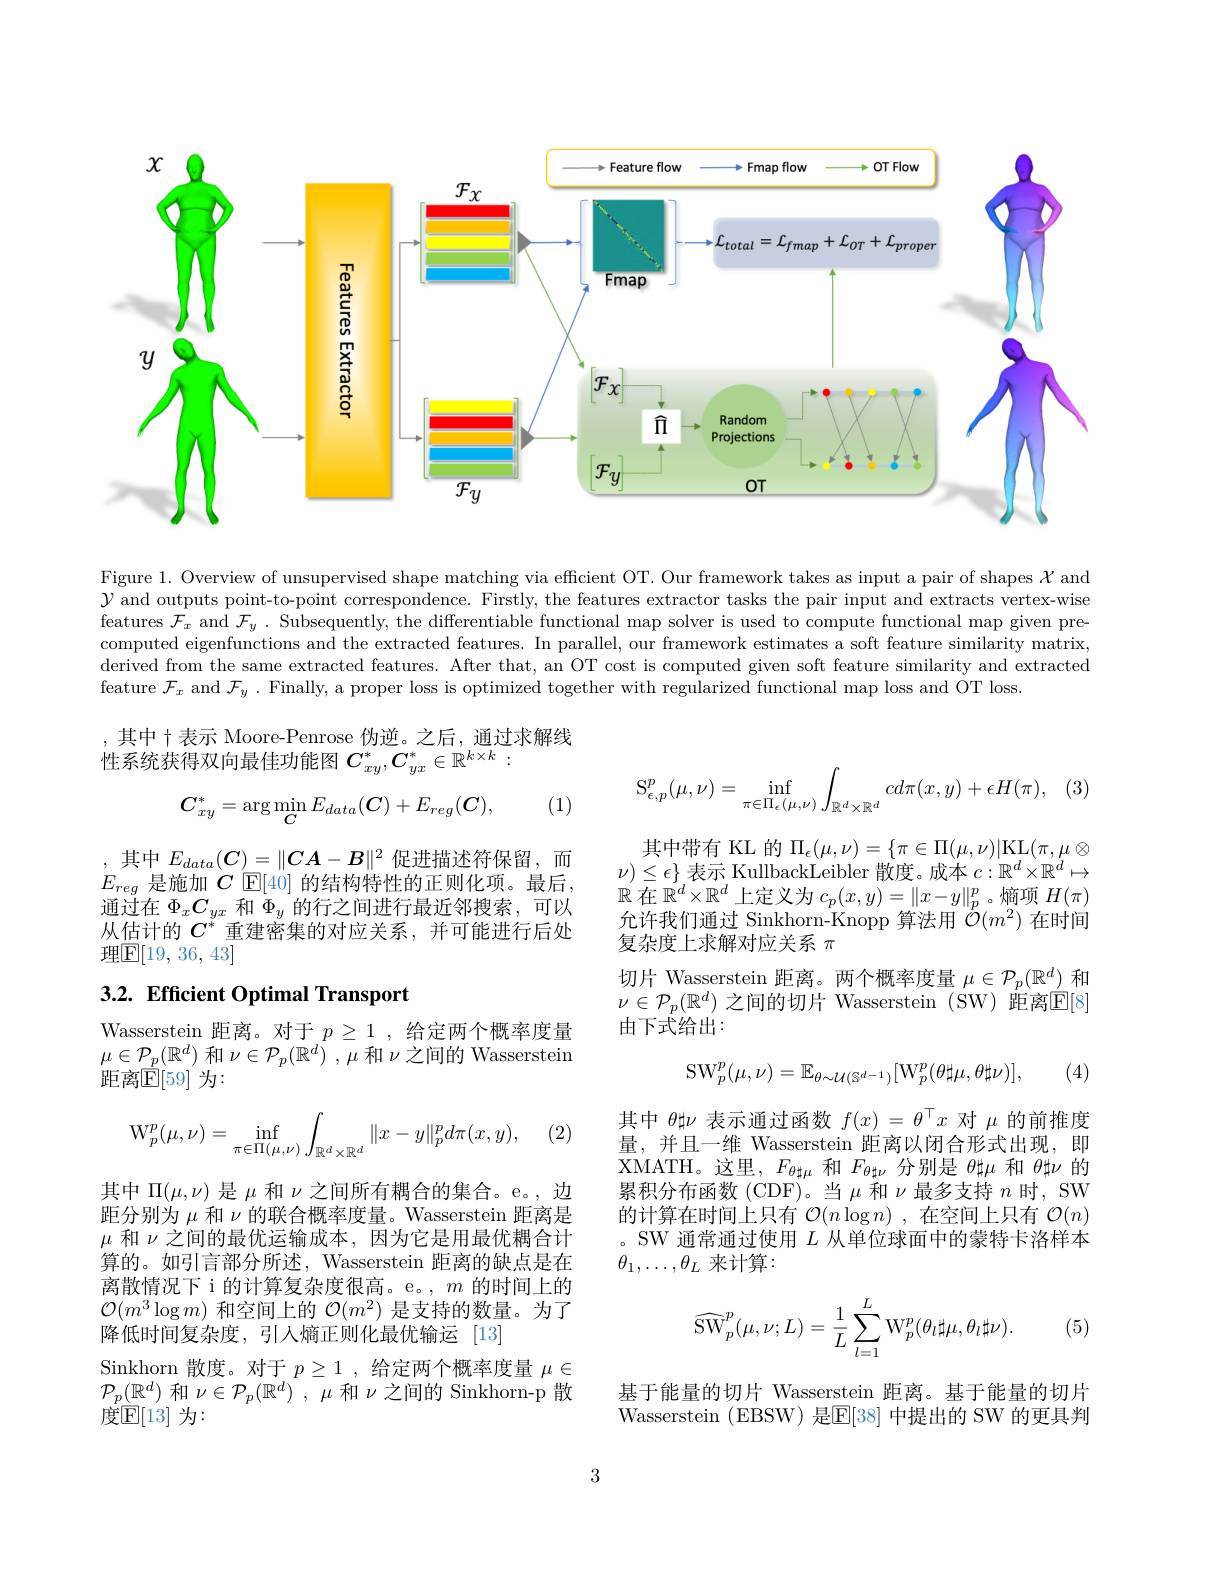
<FigureHere>

Figure 1. Overview of unsupervised shape matching via efficient OT. Our framework takes as input a pair of shapes $\mathcal{X}$ and $\mathcal{Y}$ and outputs point-to-point correspondence. Firstly, the features extractor tasks the pair input and extracts vertex-wise features $\mathcal{F}_x$ and $\mathcal{F}_y.$ Subsequently, the differentiable functional map solver is used to compute functional map given precomputed eigenfunctions and the extracted features. In parallel, our framework estimates a soft feature similarity matrix, derived from the same extracted features. After that, an OT cost is computed given soft feature similarity and extracted feature $\mathcal{F}_x$ and $\mathcal{F}_y.$ Finally, a proper loss is optimized together with regularized functional map loss and OT loss.

,其中十表示 Moore-Penrose 伪逆。之后，通过求解线
性系统获得双向最佳功能图$C_xy^*,C_{yx}^*\in\mathbb{R}^{k\times k}:$
$$\mathrm{S}^{p}_{\epsilon,p}(\mu,\nu)=\inf_{\pi\in\Pi_{\epsilon}(\mu,\nu)}\int_{\mathbb{R}^{d}\times\mathbb{R}^{d}}cd\pi(x,y)+\epsilon H(\pi),$$
$$C_{xy}^*=\arg\min_CE_{data}(C)+E_{reg}(C),$$
(1)

,其中$E_data(C)=\|CA-B\|^2$促进描述符保留，而$E_{reg}$是施加$C$ E[40] 的结构特性的正则化项。最后， 通过在$\Phi_xC_{yx}$和$\Phi_y$的行之间进行最近邻搜索，可以从估计的$C^*$重建密集的对应关系，并可能进行后处理$\mathbb{E}[19,36,43]$

其中带有 KL 的$\Pi _\epsilon ( \mu , \nu ) = \{ \pi \in \Pi ( \mu , \nu ) |$KL$( \pi , \mu \otimes$ $\nu)\leq\epsilon\}$表示 KullbackLeibler 散度。成本$c:\mathbb{R}^d\times\mathbb{R}^d\mapsto$ $\mathbb{R}$在$\mathbb{R}^d\times\mathbb{R}^d$上定义为 $c_p(x,y)=\|x-y\|_p^p$。熵项 $H(\pi)$ 允许我们通过 Sinkhorn-Knopp 算法用$\dot{\mathcal{O}}(m^2)$在时间复杂度上求解对应关系$\pi$
切片 Wasserstein 距离。两个概率度量$\mu\in\mathcal{P}_p(\mathbb{R}^d)$和$\nu\in\mathcal{P}_p(\mathbb{R}^d)$ 之间的切片 Wasserstein (SW) 距离$\mathbb{E}[8]$ 由下式给出：

# 3.2. Efficient Optimal Transport

Wasserstein 距离。对于$p\geq1$ ,给定两个概率度量$\mu\in\mathcal{P}_p(\mathbb{R}^d)$和$\nu\in\mathcal{P}_p(\mathbb{R}^d)$ , $\mu$和$\nu$之间的 Wasserstein 距离$\overline{\mathbb{E}}[59]$ 为：
$$\mathrm{SW}_p^p(\mu,\nu)=\mathbb{E}_{\theta\sim\mathcal{U}(\mathbb{S}^{d-1})}[\mathrm{W}_p^p(\theta\sharp\mu,\theta\sharp\nu)],$$
(4)

(2)
$$\mathrm{W}_p^p(\mu,\nu)=\inf_{\pi\in\Pi(\mu,\nu)}\int_{\mathbb{R}^d\times\mathbb{R}^d}\|x-y\|_p^pd\pi(x,y),$$
其中$\theta\sharp\nu$表示通过函数$f(x)=\theta^\top x$对$\mu$的前推度量，并且一维 Wasserstein 距离以闭合形式出现，即$\overline{\mathrm{XMATH。这里，~}F_{\theta\sharp\mu}}$和$F_{\theta\sharp\nu}$分别是$\theta\sharp\mu$和$\theta\sharp\nu$的累积分布函数 (CDF)。当$\mu$和$\nu$最多支持$n$时，SW 的计算在时间上只有$\mathcal{O}(n\log n)$ ,在空间上只有$\mathcal{O}(n)$ 。SW 通常通过使用$L$从单位球面中的蒙特卡洛样本$\theta_1,\ldots,\theta_L$来计算：

其中$\Pi(\mu,\nu)$是$\mu$和$\nu$之间所有耦合的集合。e。,边距分别为$\mu$和$\nu$的联合概率度量。Wasserstein 距离是$\mu$和$\nu$之间的最优运输成本，因为它是用最优耦合计算的。如引言部分所述，Wasserstein 距离的缺点是在离散情况下 i 的计算复杂度很高。e。, $m$的时间上的$\mathcal{O}(m^{3}\log m)$和空间上的$\mathcal{O}(m^{2})$是支持的数量。为了降低时间复杂度，引入熵正则化最优输运[13]
Sinkhorn 散度。对于$p\geq1$,给定两个概率度量$\mu\in$ $\mathcal{P}_p(\mathbb{R}^d)$和$\nu\in\mathcal{P}_p(\mathbb{R}^d),\mu$和$\nu$之间的 Sinkhorn-p 散度$\mathbb{E}[13]$ 为：
$$\widehat{\mathrm{SW}}_{p}^{p}(\mu,\nu;L)=\frac{1}{L}\sum_{l=1}^{L}\mathrm{W}_{p}^{p}(\theta_{l}\sharp\mu,\theta_{l}\sharp\nu).$$
(5)

基于能量的切片 Wasserstein 距离。基于能量的切片Wasserstein (EBSW) 是$\boxed{\mathrm{F}}[38]$ 中提出的 SW 的更具判

3